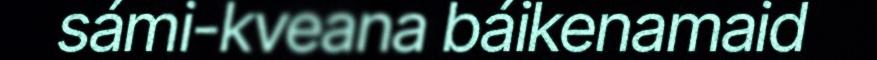
sámi-kveana báikenamaid